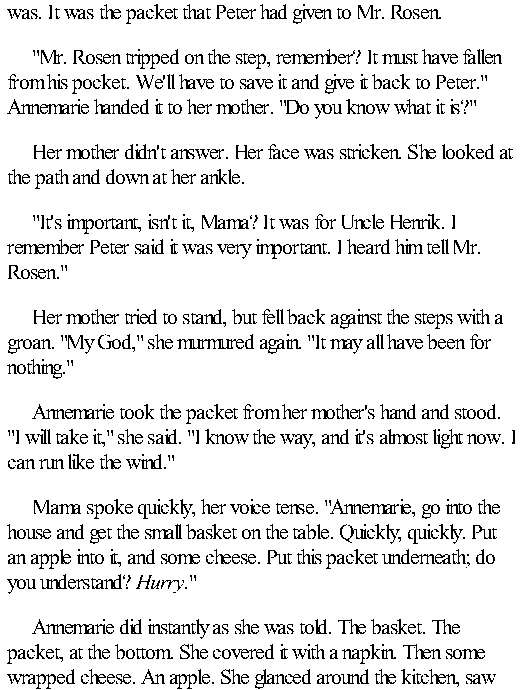
was. It was the packet that Peter had given to Mr. Rosen.
 "Mr. Rosen tripped on the step, remember? It must have fallen
 from his pocket. We'll have to save it and give it back to Peter."
 Annemarie handed it to her mother. "Do you know what it is?"
 Her mother didn't answer. Her face was stricken. She looked at
 the path and down at her ankle.
 "It's important, isn't it, Mama? It was for Uncle Henrik. I
 remember Peter said it was very important. I heard him tell Mr.
 Rosen."
 Her mother tried to stand, but fell back against the steps with a
 groan. "My God," she murmured again. "It may all have been for
 nothing."
 Annemarie took the packet from her mother's hand and stood.
 "I will take it," she said. "I know the way, and it's almost light now. I
 can run like the wind."
 Mama spoke quickly, her voice tense. "Annemarie, go into the
 house and get the small basket on the table. Quickly, quickly. Put
 an apple into it, and some cheese. Put this packet underneath; do
 you understand? Hurry."
 Annemarie did instantly as she was told. The basket. The
 packet, at the bottom. She covered it with a napkin. Then some
 wrapped cheese. An apple. She glanced around the kitchen, saw